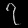
Digit: ၇